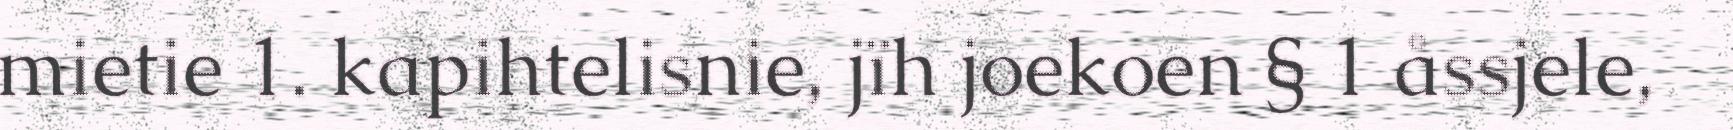
mietie 1. kapihtelisnie, jïh joekoen § 1 åssjele,